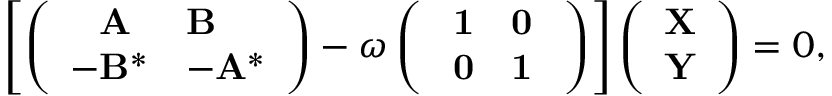
\begin{array} { r } { \left[ \left( \begin{array} { l l } { \phantom { - } \mathbf { A } } & { \mathbf { B } } \\ { - \mathbf { B } ^ { * } } & { - \mathbf { A } ^ { * } } \end{array} \right) - \omega \left( \begin{array} { l l } { ~ \mathbf { 1 } } & { \mathbf { 0 } ~ } \\ { ~ \mathbf { 0 } } & { \mathbf { 1 } ~ } \end{array} \right) \right] \left( \begin{array} { l } { \mathbf { X } } \\ { \mathbf { Y } } \end{array} \right) = 0 , } \end{array}